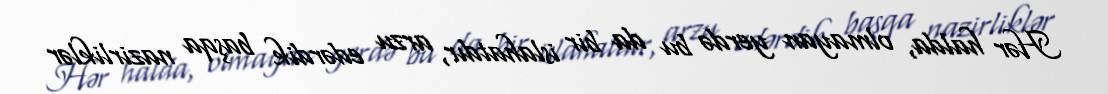
Hər halda, olmayan yerdə bu da bir islahatdır, arzu edərdik başqa nazirliklər